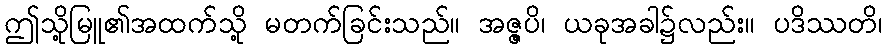
ဤသို့မြူ၏အထက်သို့ မတက်ခြင်းသည်။ အဇ္ဇပိ၊ ယခုအခါ၌လည်း။ ပဒိဿတိ၊